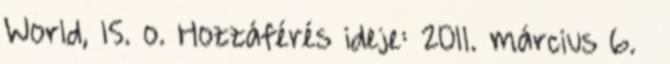
World, 15. o. Hozzáférés ideje: 2011. március 6. ↑